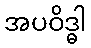
အပဝိဒ္ဓါ